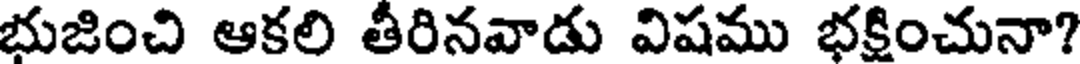
భుజించి ఆకలి తీరినవాడు విషము భక్షించునా?